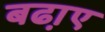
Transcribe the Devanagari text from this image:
बढा़ए